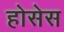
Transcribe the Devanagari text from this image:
होसेस